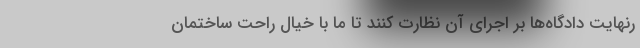
رنهايت دادگاه‌ها بر اجراي آن نظارت كنند تا ما با خيال راحت ساختمان